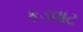
કડવાટ